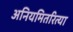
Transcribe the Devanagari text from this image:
अनियमितरित्या